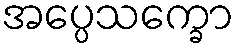
အပ္ပေသက္ခော